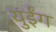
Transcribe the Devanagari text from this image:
युईंग